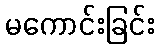
မကောင်းခြင်း